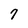
Character: 7